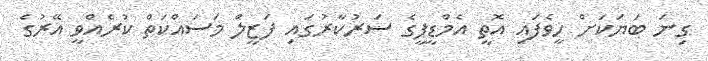
ގިނަ ބަޔަކަށް ހީވެފައި އޮތީ އެމްޑީޕީގެ ސަރުކާރުގައި ފަޒީލް މަސައްކަތް ކުރެއްވީ އޭރުގެ